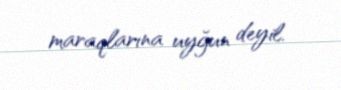
maraqlarına uyğun deyil.